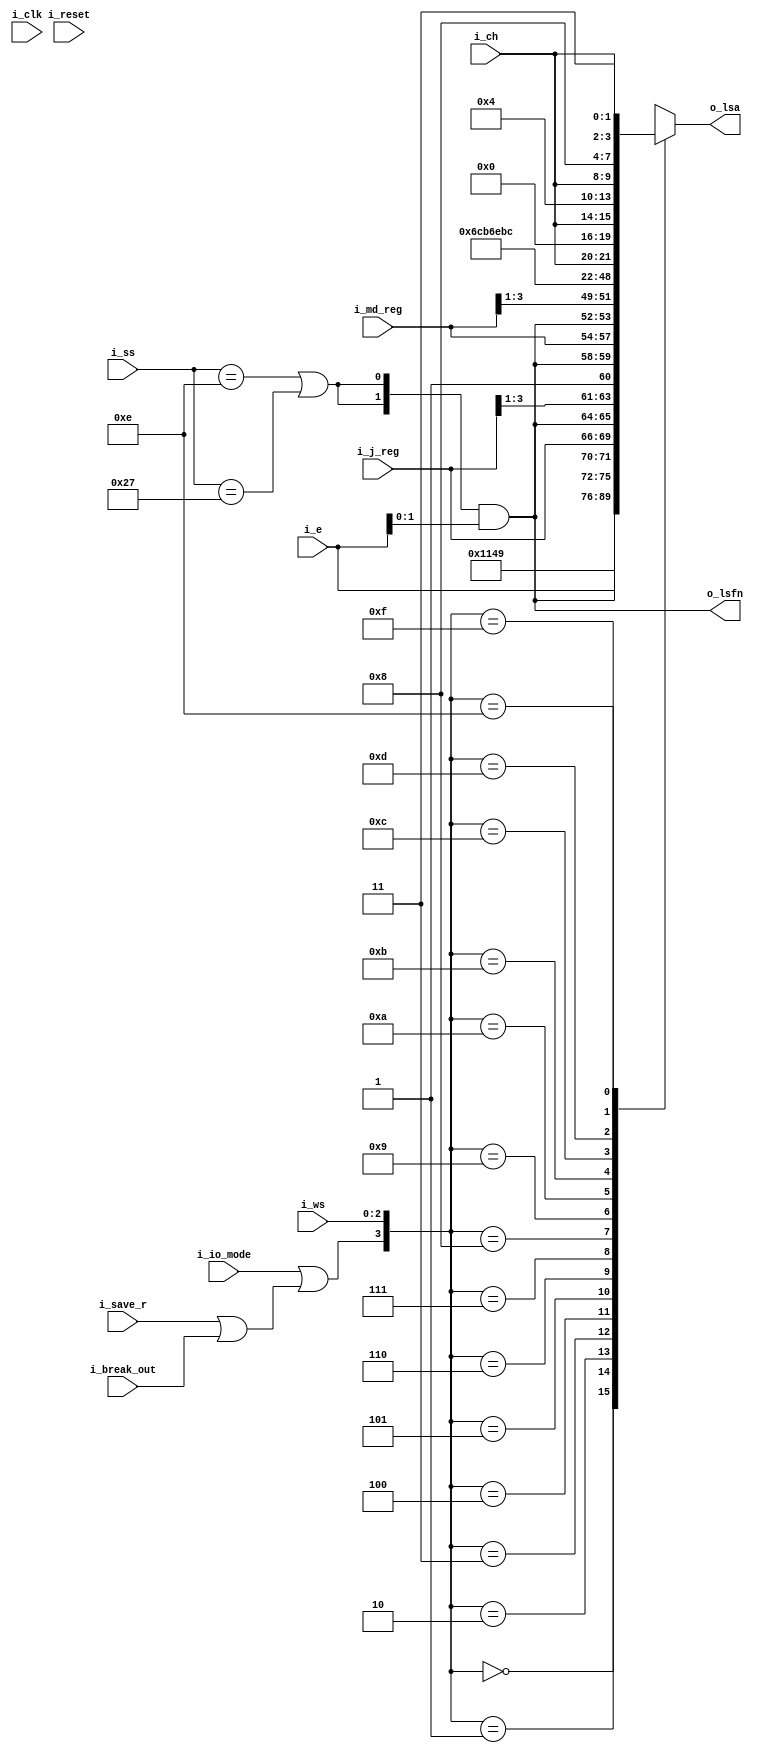
`default_nettype   none

// 2050 local store address register

// Y22-2827-0_360-50_Multiplexor_Channel_FETOM_Oct66.pdf
// Z22-2855-3_Field_Engr_Handbook_System360_Model_50_4th_Ed_196703.pdf

module x2050lsa (i_clk, i_reset,
	i_io_mode,
	i_ws,
	i_ss,
	i_save_r,
	i_break_out,
	i_j_reg,
	i_md_reg,
	i_e,
	i_ch,
	o_lsfn,
	o_lsa);
	input wire i_clk;
	input wire i_reset;
	input wire i_io_mode;
	input wire [2:0] i_ws;
	input wire [5:0] i_ss;
	input wire i_save_r;
	input wire i_break_out;
	input wire [3:0] i_j_reg;
	input wire [3:0] i_md_reg;
	input wire [3:0] i_e;
	input wire [1:0] i_ch;
	output wire [5:0] o_lsa;
	output wire [1:0] o_lsfn;

wire [5:0] lsa_values[0:15];

wire [1:0] lsfn = {2{(i_ss == 6'd14) | (i_ss == 6'd39)}} & i_e[1:0];

assign o_lsfn = lsfn;

// true during break-in and break-out cycles, for
//  saving and restoring cpu mode r register
wire force_44 = i_save_r | i_break_out;

// channel LS address map in io mode
// Y22-2827-0 figure 23 "local storage' page 34 [pdf page 33]
// Z22-2855-3 local storage address segments page 38 [pdf page 42]

// cpu mode
assign lsa_values[1] = 6'b010001;	// WS1
assign lsa_values[2] = 6'b010010;	// WS2
assign lsa_values[3] = {2'b01,i_e};
assign lsa_values[4] = {lsfn,i_j_reg};
assign lsa_values[5] = {lsfn,i_j_reg[3:1],1'b1};
assign lsa_values[6] = {lsfn,i_md_reg};
assign lsa_values[7] = {lsfn,i_md_reg[3:1],1'b1};
// io mode
assign lsa_values[8 + 0] = {2'd2,2'd3,2'd0};	// r register backup
assign lsa_values[8 + 1] = {2'd2,2'd3,2'd1};	// l register backup
assign lsa_values[8 + 2] = {2'd2,2'd3,2'd2};	// interrupt buffer
assign lsa_values[8 + 3] = {2'd2,2'd3,2'd3};	// backup buffer #3
assign lsa_values[8 + 4] = {2'd0,i_ch,2'd0};	// ca
assign lsa_values[8 + 5] = {2'd0,i_ch,2'd1};	// da
assign lsa_values[8 + 6] = {2'd0,i_ch,2'd2};	// cnt
assign lsa_values[8 + 7] = {2'd0,i_ch,2'd3};	// data in sel / ua in mpx

assign o_lsa = lsa_values[{i_io_mode | force_44,i_ws}];

endmodule